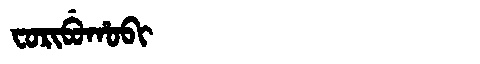
Manchu: ᠸᠣᡵᡳᠪᡠᡥᠣᠪᡳ
Romanization: FORIBUHOBI